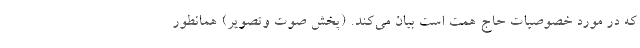
که در مورد خصوصیات حاج همت است بیان می‌کند. (پخش صوت وتصویر) همانطور